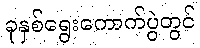
ခုနှစ်ရွေးကောက်ပွဲတွင်